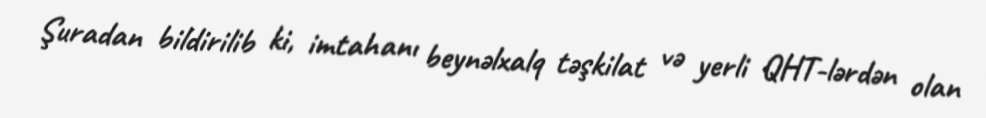
Şuradan bildirilib ki, imtahanı beynəlxalq təşkilat və yerli QHT-lərdən olan